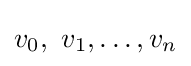
v_{0},\ v_{1},\ldots ,v_{n}